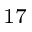
_ { 1 7 }